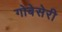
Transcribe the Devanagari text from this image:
गोबेसेरी